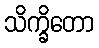
သိက္ခိတော